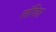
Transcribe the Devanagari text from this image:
संशिप्त